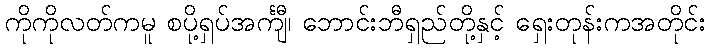
ကိုကိုလတ်ကမူ စပို့ရှပ်အင်္ကျီ၊ ဘောင်းဘီရှည်တို့နှင့် ရှေးတုန်းကအတိုင်း